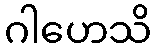
ဂါဟေသိ